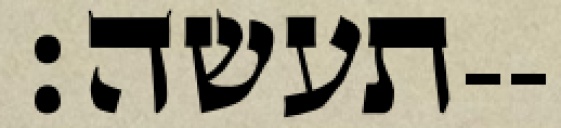
תעשה׃--